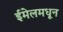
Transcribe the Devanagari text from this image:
ईमेलमधून